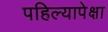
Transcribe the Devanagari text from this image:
पहिल्यापेक्षा